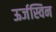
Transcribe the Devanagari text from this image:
ऊर्जस्विन